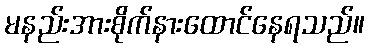
မနည်းအားစိုက်နားထောင်နေရသည်။